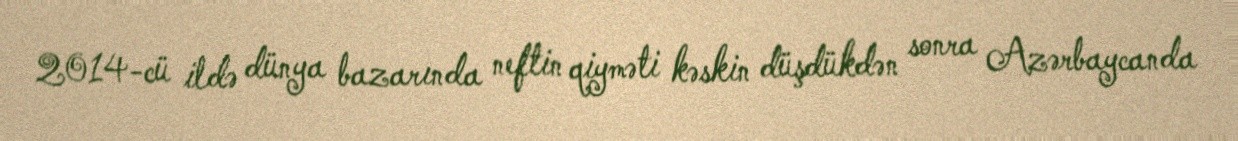
2014-cü ildə dünya bazarında neftin qiyməti kəskin düşdükdən sonra Azərbaycanda